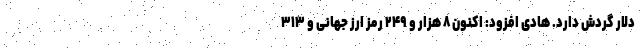
دلار گردش دارد. هادی افزود: اکنون ۸ هزار و ۲۴۹ رمز ارز جهانی و ۳۱۳